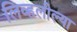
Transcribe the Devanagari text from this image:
लिव्हलील्या